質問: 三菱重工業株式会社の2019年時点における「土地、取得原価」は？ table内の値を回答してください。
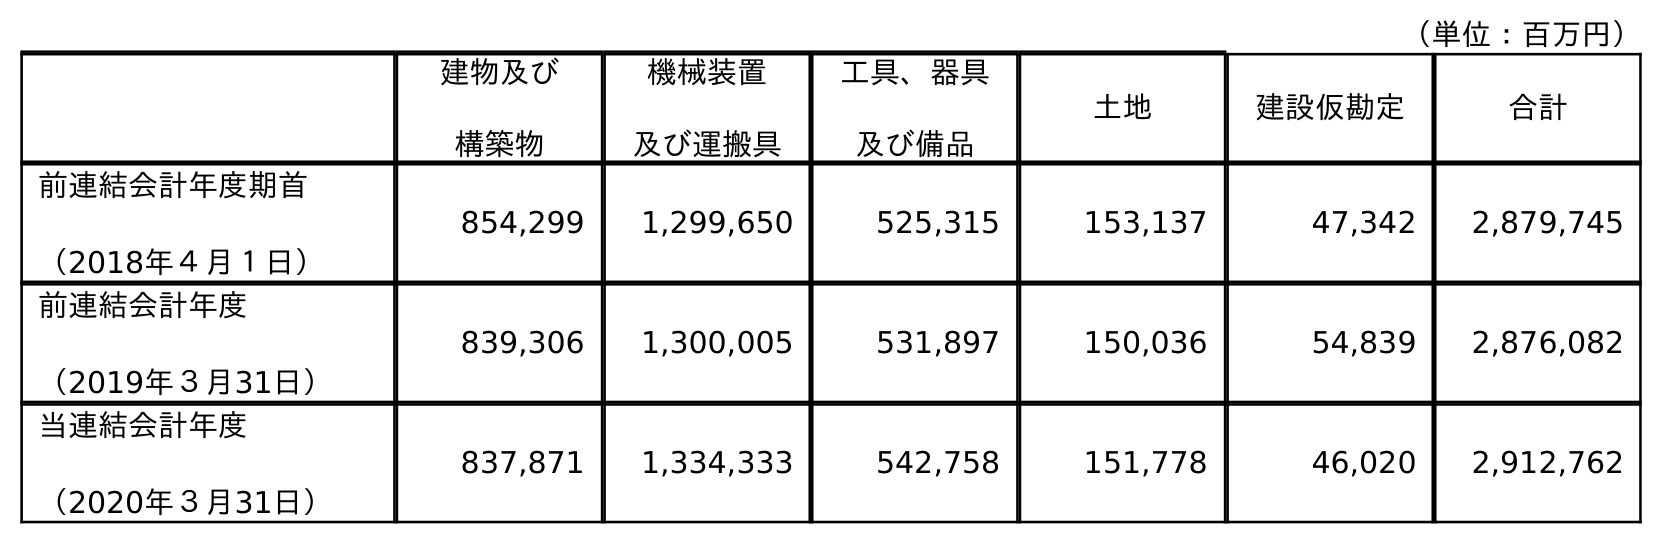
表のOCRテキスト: （単位：百万円） 建物及び 構築物 機械装置 及び運搬具 工具、器具 及び備品 土地 建設仮勘定 合計 前連結会計年度期首 （2018年４月１日） 854,299 1,299,650 525,315 153,137 47,342 2,879,745 前連結会計年度 （2019年３月31日） 839,306 1,300,005 531,897 150,036 54,839 2,876,082 当連結会計年度 （2020年３月31日） 837,871 1,334,333 542,758 151,778 46,020 2,912,762
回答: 150,036